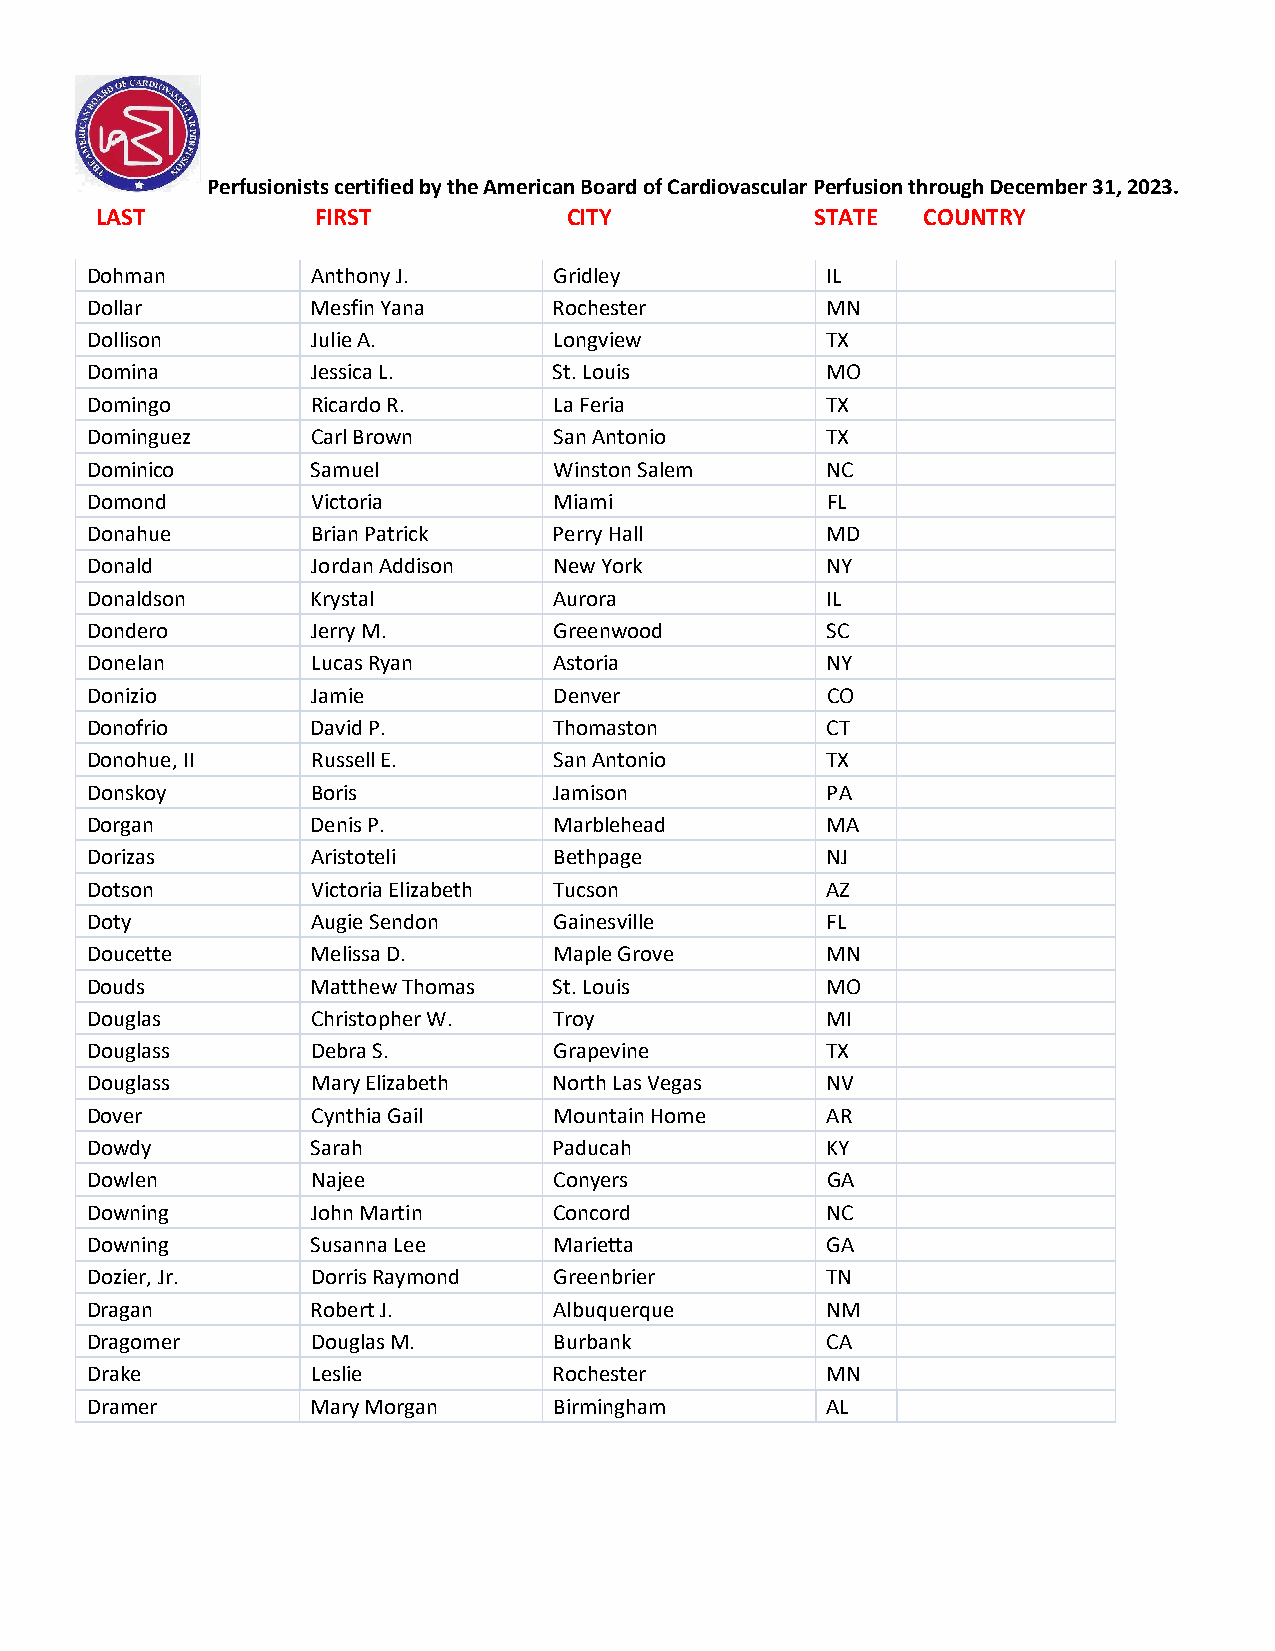
Perfusionists certified by the American Board of Cardiovascular Perfusion through December 31, 2023.
 LAST           FIRST            CITY            STATE  COUNTRY
 Dohman         Anthony J.      Gridley           IL
 Dollar         Mesfin Yana     Rochester         MN
 Dollison       Julie A.        Longview          TX
 Domina         Jessica L.      St. Louis         MO
 Domingo        Ricardo R.      La Feria          TX
 Dominguez      Carl Brown      San Antonio       TX
 Dominico       Samuel          Winston Salem     NC
 Domond         Victoria        Miami             FL
 Donahue        Brian Patrick   Perry Hall        MD
 Donald         Jordan Addison  New York          NY
 Donaldson      Krystal         Aurora            IL
 Dondero        Jerry M.        Greenwood         SC
 Donelan        Lucas Ryan      Astoria           NY
 Donizio        Jamie           Denver            CO
 Donofrio       David P.        Thomaston         CT
 Donohue, II    Russell E.      San Antonio       TX
 Donskoy        Boris           Jamison           PA
 Dorgan         Denis P.        Marblehead        MA
 Dorizas        Aristoteli      Bethpage          NJ
 Dotson         Victoria Elizabeth Tucson         AZ
 Doty           Augie Sendon    Gainesville       FL
 Doucette       Melissa D.      Maple Grove       MN
 Douds          Matthew Thomas  St. Louis         MO
 Douglas        Christopher W.  Troy              MI
 Douglass       Debra S.        Grapevine         TX
 Douglass       Mary Elizabeth  North Las Vegas   NV
 Dover          Cynthia Gail    Mountain Home     AR
 Dowdy          Sarah           Paducah           KY
 Dowlen         Najee           Conyers           GA
 Downing        John Martin     Concord           NC
 Downing        Susanna Lee     Marietta          GA
 Dozier, Jr.    Dorris Raymond  Greenbrier        TN
 Dragan         Robert J.       Albuquerque       NM
 Dragomer       Douglas M.      Burbank           CA
 Drake          Leslie          Rochester         MN
 Dramer         Mary Morgan     Birmingham        AL